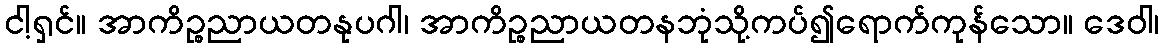
ငါ့ရှင်။ အာကိဉ္စညာယတနုပဂါ၊ အာကိဉ္စညာယတနဘုံသို့ကပ်၍ရောက်ကုန်သော။ ဒေဝါ၊